Source: Handwritten
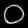
Digit: ၀ (0)